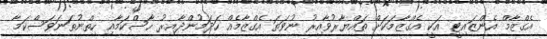
އެގްޒާމް އެންޒައިޓީ އަކީ އެގްޒާމަކަށް ތައްޔާރުވާއިރު ނުވަތަ އެގްޒާމެއް ހަދަމުންދާއިރު ހާސްކަމާއި ހިތްނުތަނަވަސްކަމާ